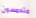
متحمسون